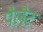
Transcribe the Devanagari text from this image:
पैलैट